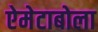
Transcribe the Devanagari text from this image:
ऐमेटाबोला